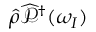
\widehat { \rho } \widehat { \mathcal { P } } ^ { \dagger } ( \omega _ { I } )